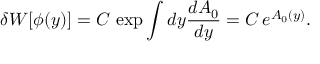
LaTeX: \delta W [ \phi ( y ) ] = C \, \exp \int d y \frac { d A _ { 0 } } { d y } = C \, e ^ { A _ { 0 } ( y ) } .